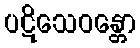
ပဋိသေဝန္တော